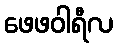
ဖေဖဝါရီလ